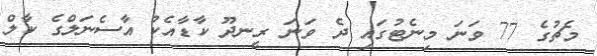
މެޗުގެ 77 ވަނަ މިނެޓުގައި ދެ ވަނަ ރީނދޫ ކާޑާއެކު އާސެނަލްގެ ކާލް